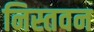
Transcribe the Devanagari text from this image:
निस्तवन